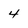
Character: 4